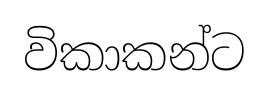
විකාකන්ට